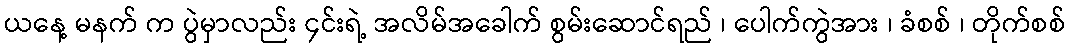
ယနေ့ မနက် က ပွဲမှာလည်း ၄င်းရဲ့ အလိမ်အခေါက် စွမ်းဆောင်ရည် ၊ ပေါက်ကွဲအား ၊ ခံစစ် ၊ တိုက်စစ်